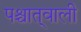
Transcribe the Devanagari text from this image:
पश्चात्‌वाली